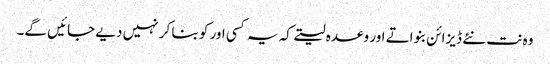
وہ نت نئے ڈیزائن بنواتے اور وعدہ لیتے کہ یہ کسی اور کو بنا کر نہیں دیے جائیں گے۔